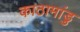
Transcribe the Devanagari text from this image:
काठामांडु